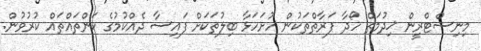
މިނިސްޓްރީން ޚިދުމަތް ހޯދާ ފަރާތްތަކުން ހުށަހަޅާ ބިލުތަކަށް ފައިސާ ދެއްކުމުގެ ކަންތައްތައް ކުރުވުން.